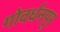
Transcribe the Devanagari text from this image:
गोवर्धनपूर